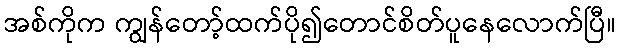
အစ်ကိုက ကျွန်တော့်ထက်ပို၍တောင်စိတ်ပူနေလောက်ပြီ။